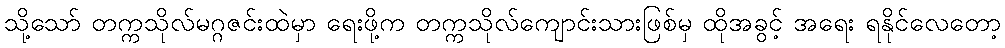
သို့သော် တက္ကသိုလ်မဂ္ဂဇင်းထဲမှာ ရေးဖို့က တက္ကသိုလ်ကျောင်းသားဖြစ်မှ ထိုအခွင့် အရေး ရနိုင်လေတော့